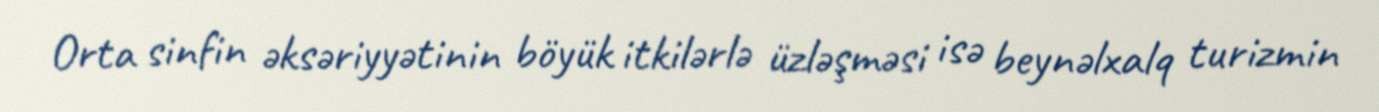
Orta sinfin əksəriyyətinin böyük itkilərlə üzləşməsi isə beynəlxalq turizmin